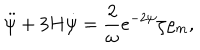
\ddot { \psi } + 3 H \dot { \psi } = { \frac { 2 } { \omega } } e ^ { - 2 \psi } \zeta \varrho _ { m } ,